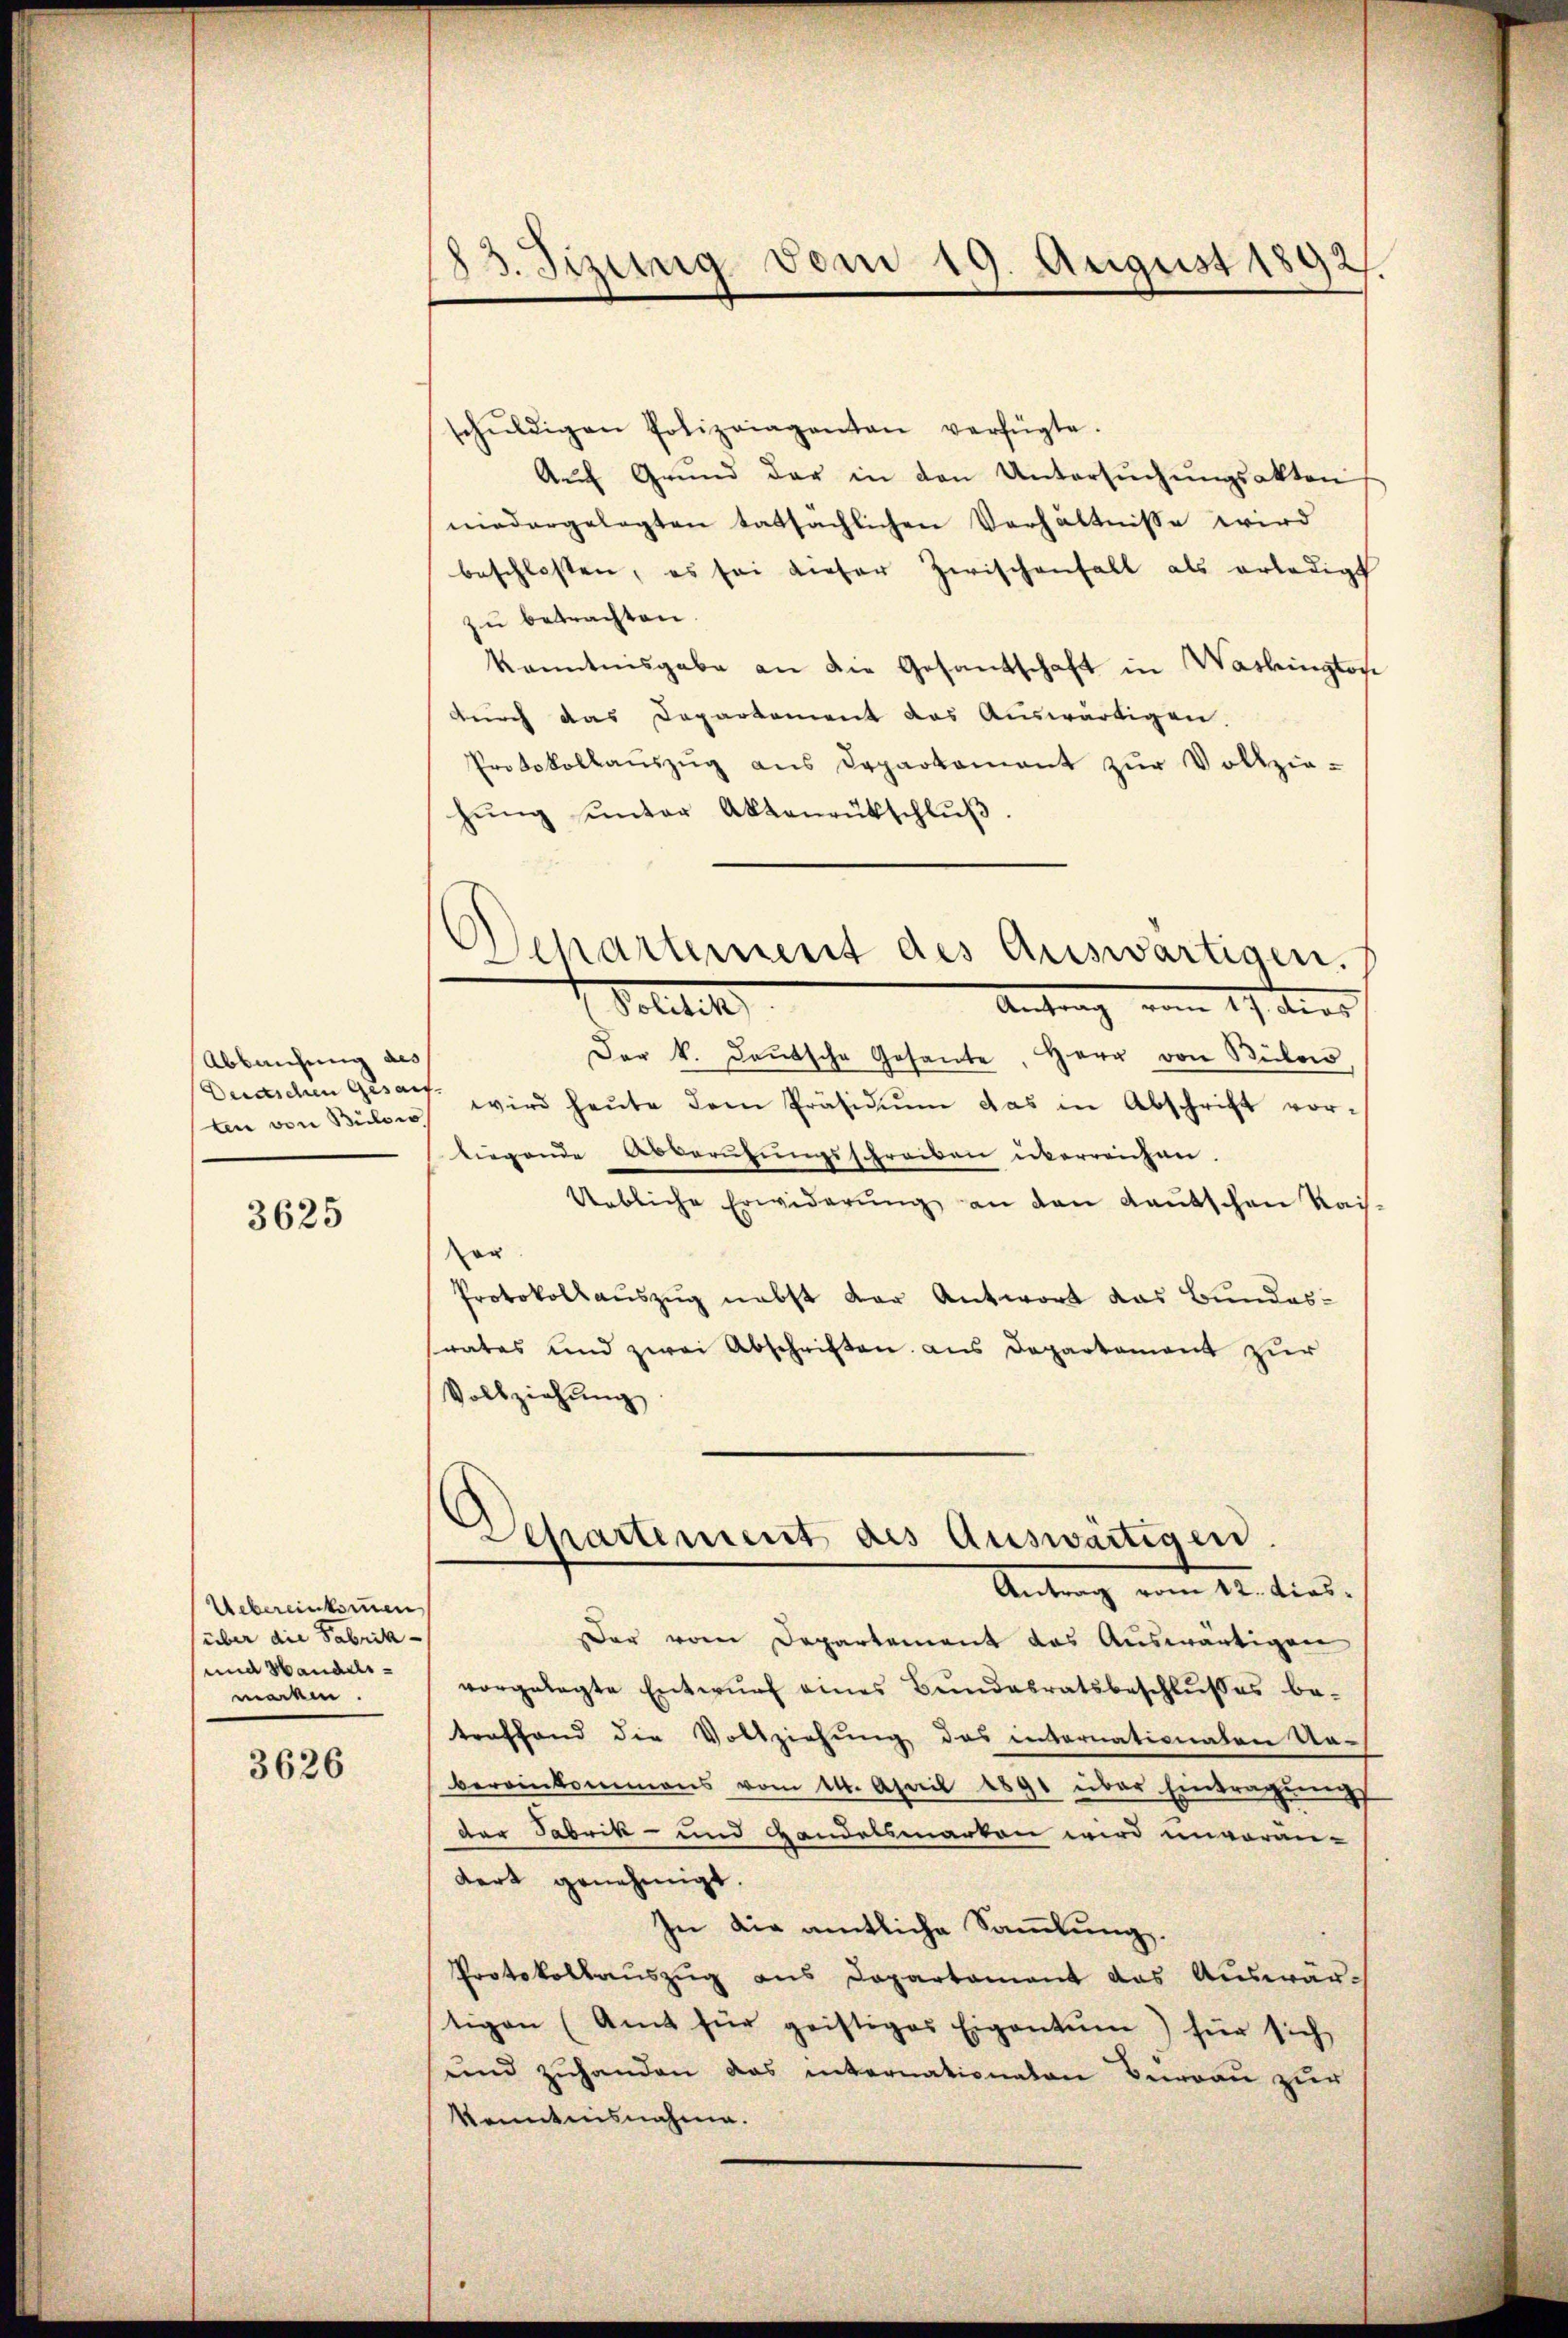
Abbruchung des
Deutschen Gesand
ten von Bülowo

3625

Uebereinkommen
über die Fabrik-
und Hanadimacken.

3626

83. Sizung vom 19. August 1892.

schŭldigen Polizeiaganten verfügte.
Aŭf Grŭnd der in den Untersŭchŭngsakten
niedergelegten tatsächlichen Verhältnisse wird
beschlossen, es sei dieser Zwischenfall als erledigt
zu betrachten.
Kenntnisgabe an die Gesandschaft in Washingtoch
durch das Departement das Auswärtigen.
Protokollaŭszŭg ans Departament zŭr Vollzie-
hŭng ŭnter Aktenrütschlŭβ.
Departement des Auswärtigen.
Politik
1 des
Der k. deŭtsche Gesante, Herr von Rüben,
wird heŭte dem Präsidium das in Abschrift vor-
liegende Abberufungsschreiben überreichen.
Uebliche Erwiderŭng an den Kautschen Kais
er
Protokollauszug nebst der Antwort das Bundesrates und zwei Abschriften aus Departement zur
Vollziehung

Departement des Auswärtigen.
Antrag vom 12. dies

Der vom Departement das Auswärtigen
vorgelegte Entwŭrf eines Bundesratsbeschlußes be-
troffend die Vollziehŭng das internationalen Un-
bereinkommens vom 14. April 1891 über Eintragŭng
der Fabrik- und Handelsmarken wird unvoran-
dort genehmigt.
In die amtliche Sammlung.
Protokollauszug aus Departement das Auswärtigen (Amt für geistiges Eigentum) für sich
und zuhanden das internationaten Berau zur
Kenntnisnahme.